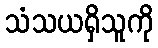
သံသယရှိသူကို